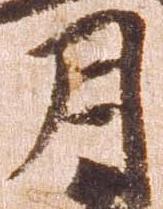
月